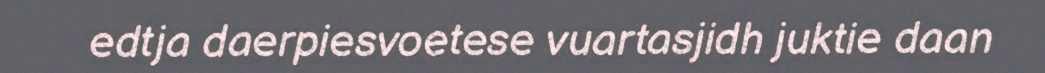
edtja daerpiesvoetese vuartasjidh juktie daan